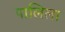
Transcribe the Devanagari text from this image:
पालिला